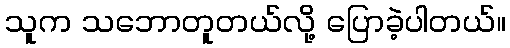
သူက သဘောတူတယ်လို့ ပြောခဲ့ပါတယ်။